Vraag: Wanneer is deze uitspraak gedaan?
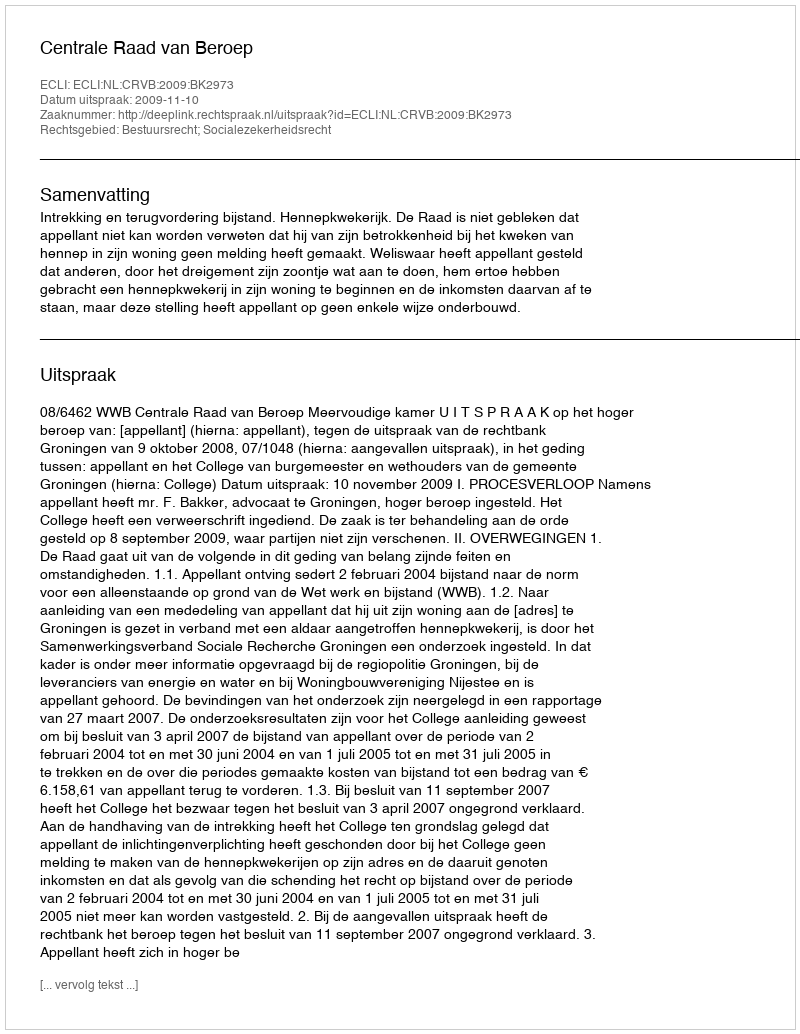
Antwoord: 2009-11-10